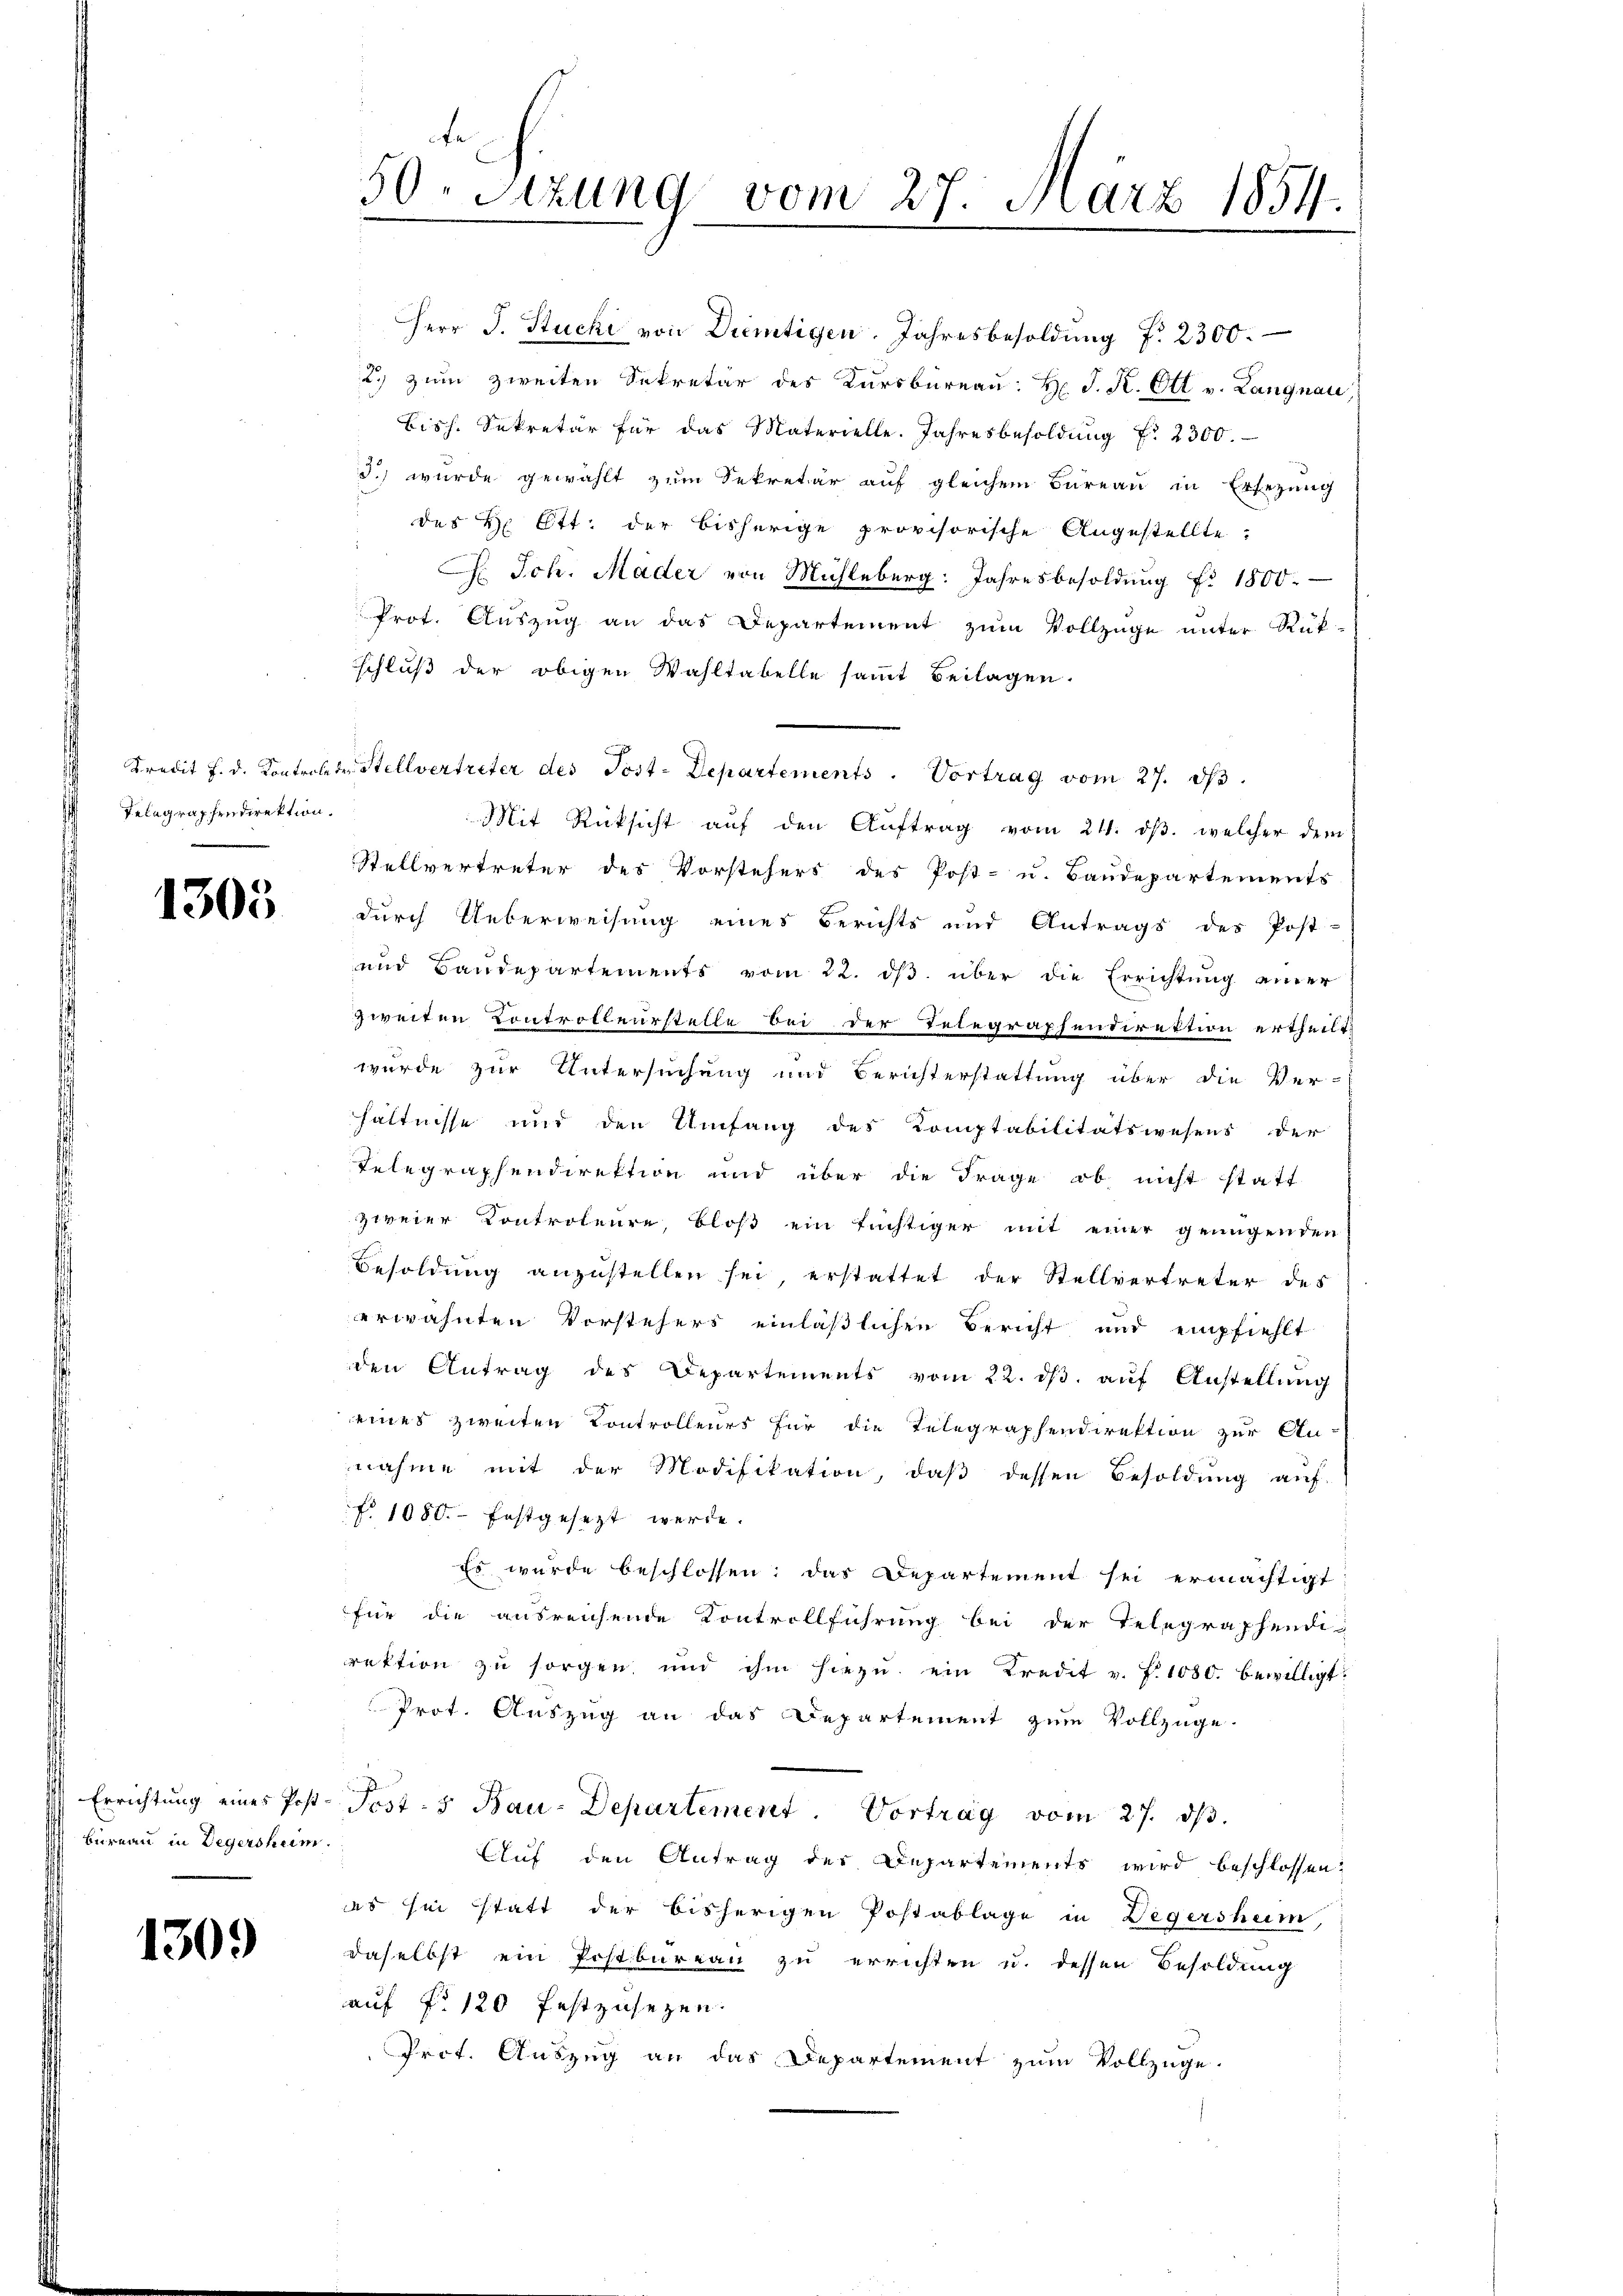
Telegraphendirektion.

1305

bureau in Legersheim

1309

t
50. Sitzung vom 27. März 1854.

Herr J. Stucki von Dientigen. Jahresbesoldŭng f. 2300.
2. zum zweiten Sekretär des Kŭrsbüreaŭ: H. J. K. Ott v. Langnau,
Bisch. Sekretär für das Materielle. Jahresbesoldung f. 2300.
d.) wurde gewählt zum Sekretär auf gleichem Bureau in Ersezung
des H. Ett. der bisherige provisorische Angestellte:
. Joh. Mader von Mühleberg: Jahresbesoldung f. 1800.
Prot. Auszug an das Departement zum Vollzüge unter Rük-
sschluß der obigen Wahltabelle sammt Beilagen.
Kredit f. d. Kontrolete Stellvertreter des Post-Departements. Vortrag vom 27. d.
Mit Rücksicht auf den Auftrag vom 21. dβ. welcher dem
Stellvertreter des Vorstehers des Post- u. Baudepartements
durch Ueberweisung eines Berichts und Antrags des Post-
und Baudepartements vom 22. dβ über die Errichtung einer
zweiten Controlleurstelle bei der Telegraphendirektion ertheilt,
wurde zur Untersuchung und Berichterstattung über die Ver-
hältnisse und den Umfang des Komptabilitätswesens der
Relegraphendirektion und über die Frage, ob nicht statt
zweier Kontroleure, bloß ein tüchtiger mit einer genügenden
Besoldung anzustellen sei erstattet der Stellvertreter des
erwähnten Vorstehers einläßlichen Bericht und empfiehlt
den Antrag des Departements vom 22. dβ aŭf Anstellŭng
eines zweiten Controlleurs für die Telegraphendirektion zur An-
nahme mit der Modifikation, daβ dessen Besoldung auf-
f. 1080. festgesezt werde.
Es wurde beschlossen: das Departement sei ermächtigt
für die ausreichende Kontrollführung bei der Telegraphendi
rektion zu sorgen, und ihm hiezŭ ein Kredit v. P. 1080. bewilligt.
Prot. Auszug an das Departement zum Vollzuge-
Errichtung eines Post-Post-5 Bau-Departement. Vortrag vom 27. ds.
Auf den Antrag der Departements wird beschlossen:
es sei statt der bisherigen Postablage in Degersheim,
daselbst ein Postbureau zu errichten u. dessen Besoldung
auf No 120 festzusezen.
Prof. Auszug an das Departement zum Vollzüge.